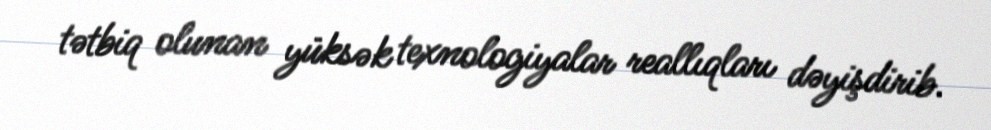
tətbiq olunan yüksək texnologiyalar reallıqları dəyişdirib.